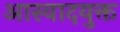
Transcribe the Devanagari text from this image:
आस्वादयुक्त